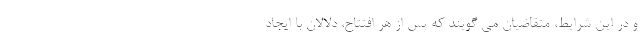
و در این شرایط، متقاضیان می گویند که پس از هر افتتاح، دلالان با ایجاد